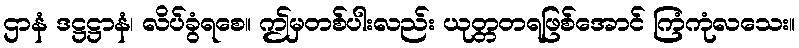
ဌာနံ ဒဋ္ဌဋ္ဌာနံ၊ လိပ်ခွံရစေ။ ဤမှတစ်ပါးလည်း ယုတ္တတရဖြစ်အောင် ကြံကုံလသေး။